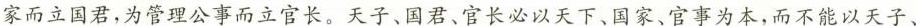
家而立国君，为管理公事而立官长。天子、国君、官长必以天下、国家、官事为本，而不能以天子、